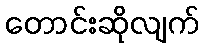
တောင်းဆိုလျက်